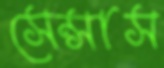
সেন্সাস